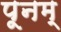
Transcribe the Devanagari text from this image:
पूनम्